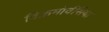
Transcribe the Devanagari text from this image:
विक्रमोर्वसिया